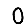
Digit: 0